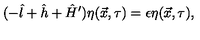
( - \hat { l } + \hat { h } + \hat { H } ^ { \prime } ) \eta ( \vec { x } , \tau ) = \epsilon \eta ( \vec { x } , \tau ) ,